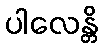
ပါလေန္တိ